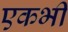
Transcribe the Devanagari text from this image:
एकभी